Subject: physics
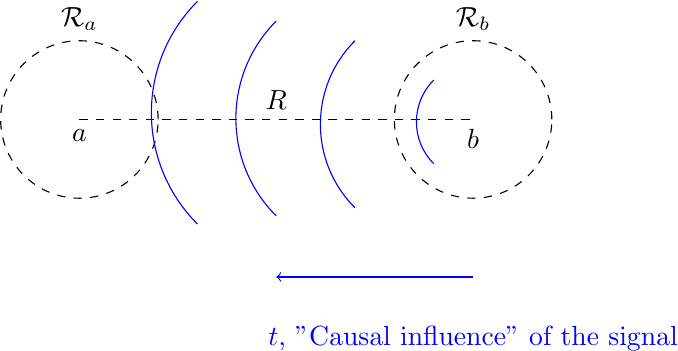
LaTeX code:
    \begin{tikzpicture}[scale=0.5]
    \draw (-5,0) node [below] {$a$};
    \draw (5,0) node [below] {$b$};
    \draw [dashed] (-5,0) -- (5,0);
    \draw [dashed] (-5,0) circle [radius=2];
    \draw [dashed] (5,0) circle [radius=2];
    \draw [blue] (4,1) arc [radius=1.5, start angle=135, end angle = 225];
    \draw [blue] (2,2) arc [radius=3, start angle=135, end angle = 225];
    \draw [blue] (0,2.5) arc [radius=3.5, start angle=135, end angle = 225];
    \draw [blue] (-2,3) arc [radius=4, start angle=135, end angle = 225];
    \draw (0,0) node [above] {$R$};
    \draw (5,2) node [above] {$\mathcal{R}_b$};
    \draw (-5,2) node [above] {$\mathcal{R}_a$};
    \draw [blue] (5,-5) node [below] {$t$, "Causal influence" of the signal};
    \draw [blue] [->] (5,-4) -- (0,-4);
    \end{tikzpicture}